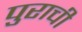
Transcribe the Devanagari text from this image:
पुराची